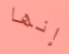
إنها